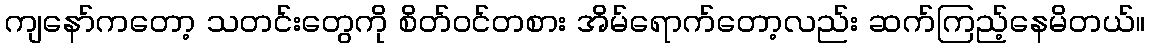
ကျနော်ကတော့ သတင်းတွေကို စိတ်ဝင်တစား အိမ်ရောက်တော့လည်း ဆက်ကြည့်နေမိတယ်။